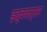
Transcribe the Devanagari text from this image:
इद्ववत्सर